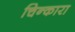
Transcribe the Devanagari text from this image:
चिन्कारा